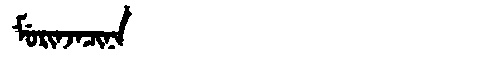
Manchu: ᠮᡠᡵᡳᠨᠵᠠᠴᡳᠨᠠ
Romanization: MURINJACINA